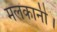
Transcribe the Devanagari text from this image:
मलकानी।